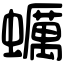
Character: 蠣